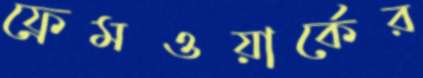
ফ্রেমওয়ার্কের